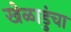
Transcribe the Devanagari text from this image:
खेळाडुंचा